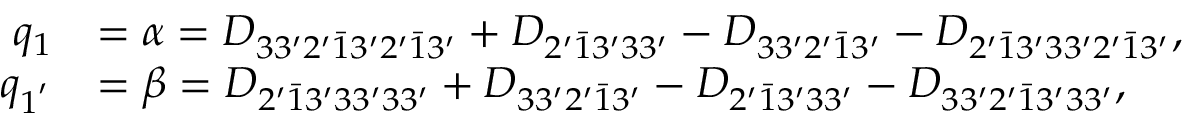
\begin{array} { r l } { q _ { 1 } } & { = \alpha = { D _ { 3 3 ^ { \prime } 2 ^ { \prime } \bar { 1 } 3 ^ { \prime } 2 ^ { \prime } \bar { 1 } 3 ^ { \prime } } } + { D _ { 2 ^ { \prime } \bar { 1 } 3 ^ { \prime } 3 3 ^ { \prime } } } - { D _ { 3 3 ^ { \prime } 2 ^ { \prime } \bar { 1 } 3 ^ { \prime } } } - { D _ { 2 ^ { \prime } \bar { 1 } 3 ^ { \prime } 3 3 ^ { \prime } 2 ^ { \prime } \bar { 1 } 3 ^ { \prime } } } , } \\ { q _ { 1 ^ { ' } } } & { = \beta = { D _ { 2 ^ { \prime } \bar { 1 } 3 ^ { \prime } 3 3 ^ { \prime } 3 3 ^ { \prime } } } + { D _ { 3 3 ^ { \prime } 2 ^ { \prime } \bar { 1 } 3 ^ { \prime } } } - { D _ { 2 ^ { \prime } \bar { 1 } 3 ^ { \prime } 3 3 ^ { \prime } } } - { D _ { 3 3 ^ { \prime } 2 ^ { \prime } \bar { 1 } 3 ^ { \prime } 3 3 ^ { \prime } } } , } \end{array}